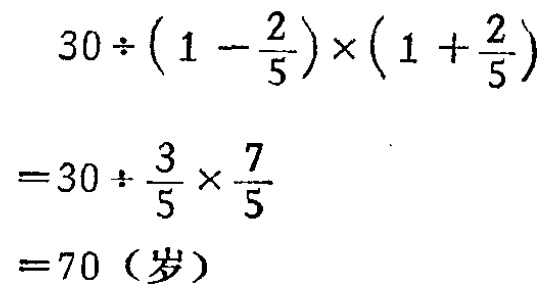
\[

\begin{align*}

&30\div\left(1 - \frac{2}{5}\right)\times\left(1 + \frac{2}{5}\right)\\

=&30\div\frac{3}{5}\times\frac{7}{5}\\

=&70（岁）

\end{align*}

\]